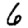
Digit: 6